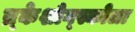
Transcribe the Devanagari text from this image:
य्र्केशोग्स्कोला